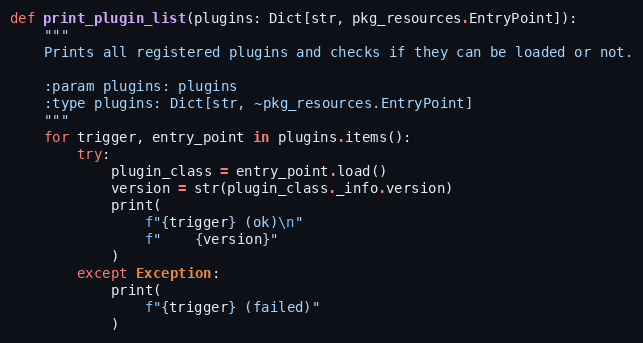
Language: Python
def print_plugin_list(plugins: Dict[str, pkg_resources.EntryPoint]):
    """
    Prints all registered plugins and checks if they can be loaded or not.

    :param plugins: plugins
    :type plugins: Dict[str, ~pkg_resources.EntryPoint]
    """
    for trigger, entry_point in plugins.items():
        try:
            plugin_class = entry_point.load()
            version = str(plugin_class._info.version)
            print(
                f"{trigger} (ok)\n"
                f"    {version}"
            )
        except Exception:
            print(
                f"{trigger} (failed)"
            )